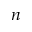
n